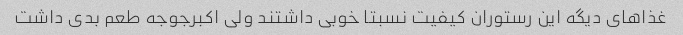
غذاهای دیگه این رستوران کیفیت نسبتا خوبی داشتند ولی اکبرجوجه طعم بدی داشت